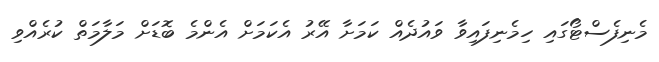
މެނިފެސްޓޯގައި ހިމެނިފައިވާ ވައުދެއް ކަމަށާ އޭރު އެކަމަށް އެންމެ ބޮޑަށް މަލާމަތް ކުރެއްވި